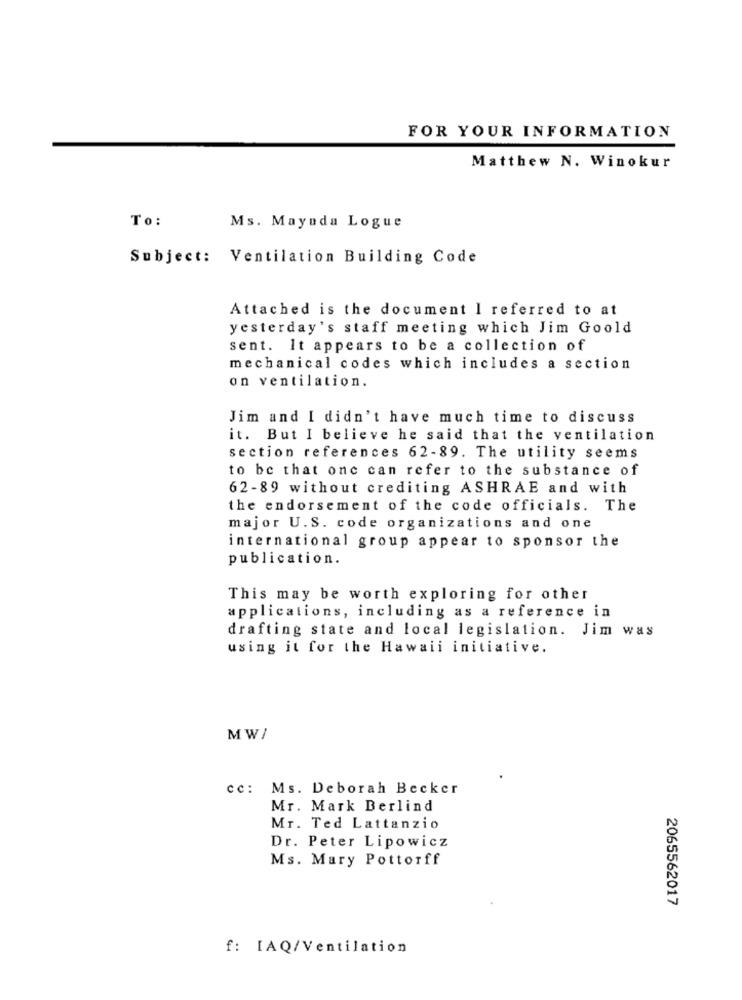
FOR YOUR INFORMATION
Matthew N. Winokur
To:
Ms. Mayada Logue
Subject: Ventilation Building Code
Attached is the document I referred to at
yesterday's staff meeting which Jim Goold
sent. It appears to be a collection of
mechanical codes which includes a section
on ventilation.
Jim and I didn't have much time to discuss
it. But I believe he said that the ventilation
section references 62-89. The utility seems
to be that one can refer to the substance of
62-89 without crediting ASHRAE and with
the endorsement of the code officials. The
major U.S. code organizations and one
international group appear to sponsor the
publication.
This may be worth exploring for other
applications, including as a reference in
drafting state and local legislation. Jim was
using it for the Hawaii initiative.
MW/
cc: Ms. Deborah Becker
Mr. Mark Berlind
Mr. Ted Lattanzio
Dr. Peter Lipowicz
Ms. Mary Pottorff
2065562017
f: IAQ/Ventilation